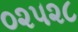
૦૨૫૨૮